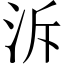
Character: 泝